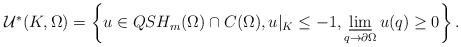
LaTeX: \begin{align*}\begin{aligned}\mathcal{U}^*(K,\Omega)=\left\{u\in QSH_m(\Omega)\cap C(\Omega), u\vert_{K}\leq -1 , \varliminf_{q\to \partial\Omega} u(q)\geq 0 \right \}.\end{aligned}\end{align*}